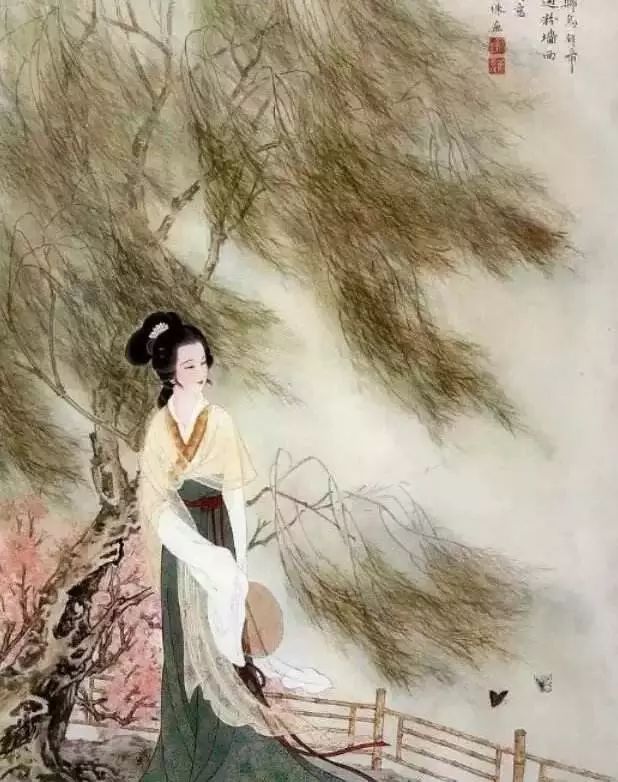
故人何处。带我离愁江外去。